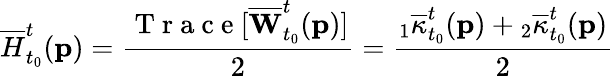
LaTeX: \overline{{H}}_{t_{0}}^{t}(\mathbf{p})=\frac{\mathrm{~T~r~a~c~e~}[\overline{{\mathbf{W}}}_{t_{0}}^{t}(\mathbf{p})]}{2}=\frac{{}_{1}\overline{{\kappa}}_{t_{0}}^{t}(\mathbf{p})+{}_{2}\overline{{\kappa}}_{t_{0}}^{t}(\mathbf{p})}{2}